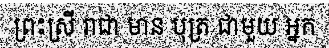
ព្រះស្រី រាជា មាន បុត្រ ជាមួយ អ្នក